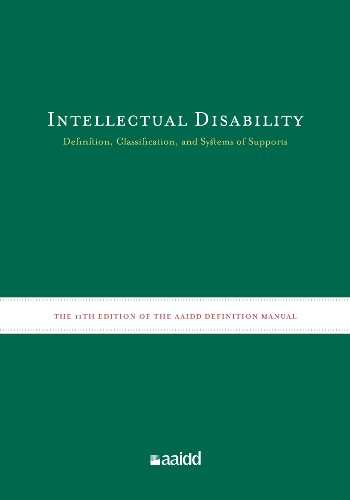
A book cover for Intellectual Disability: Definition, Classification, and Systems of Supports (11th Edition); Robert L. Schalock; Medical Books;